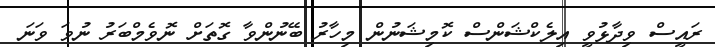
ރައީސް ވިދާޅުވީ އިލެކްޝަންސް ކޮމިޝަނުން މިހާރު ބޭނުންވާ ގޮތަށް ނޮވެމްބަރު ނުވަ ވަނަ